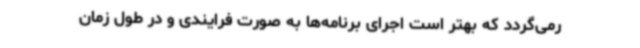
رمی‌گردد که بهتر است اجرای برنامه‌ها به صورت فرایندی و در طول زمان